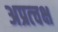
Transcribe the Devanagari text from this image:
अप्रत्चक्ष